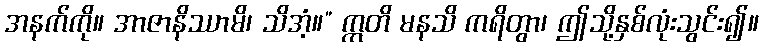
အနက်ကို။ အာဇာနိဿာမိ၊ သိအံ့။” ဣတိ မနသိ ကရိတွာ၊ ဤသို့နှစ်လုံးသွင်း၍။